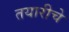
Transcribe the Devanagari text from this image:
तयारीचे